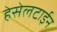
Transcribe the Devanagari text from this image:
हेसेलटाईन